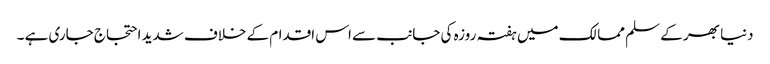
دنیا بھر کے سلم ممالک میں ہفتہ روزہ کی جانب سے اس اقدام کے خلاف شدید احتجاج جاری ہے ۔